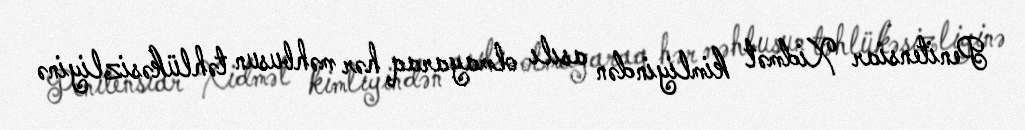
Penitensiar Xidmət kimliyindən asılı olmayaraq hər məhbusun təhlükəsizliyinə